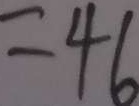
= 4 6